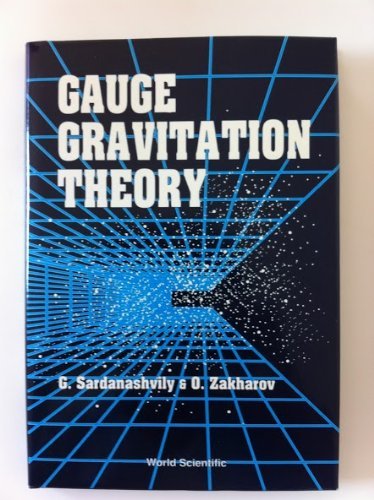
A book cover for Gauge Gravitation Theory; G. Sardanashvily; Science & Math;